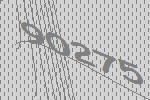
90275